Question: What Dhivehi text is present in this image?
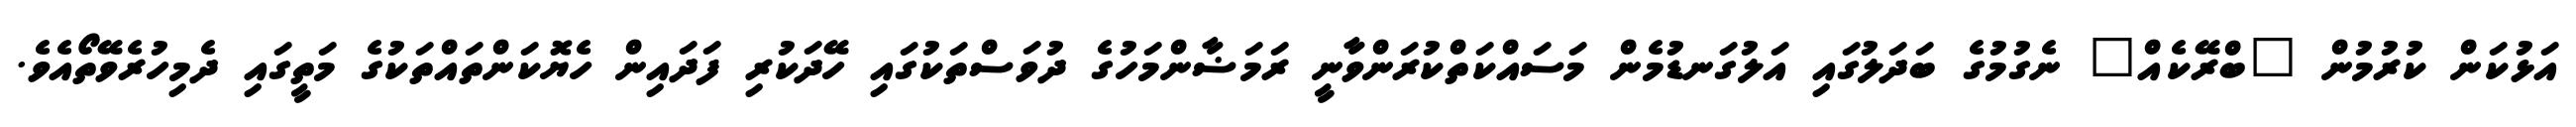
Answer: އަޅުކަން ކުރުމުން "ބްރޭކެއް" ނެގުމުގެ ބަދަލުގައި އަލުގަނޑުމެން މަސައްކަތްކުރަންވާނީ ރަމަޟާންމަހުގެ ދުވަސްތަކުގައި ހޭދަކުރި ފަދައިން ހެޔޮކަންތައްތަކުގެ މަތީގައި ދެމިހުރެވޭތޯއެވެ.